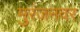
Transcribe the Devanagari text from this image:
मुरंजनवर